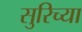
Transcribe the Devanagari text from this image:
सुरिच्या